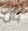
بأن